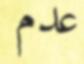
عدم